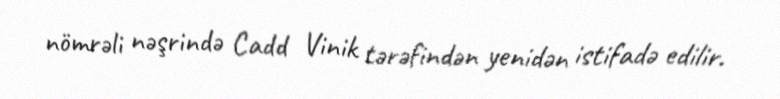
nömrəli nəşrində Cadd Vinik tərəfindən yenidən istifadə edilir.